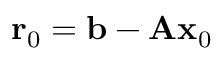
\mathbf { r } _ { 0 } = \mathbf { b } - \mathbf { A x } _ { 0 }